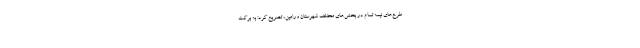
طرح‌های نیمه تمام در بخش‌های مختلف شهرستان ورامین، تصریح کرد: به برکت